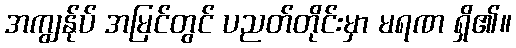
အကျွန်ုပ် အမြင်တွင် ပညတ်တိုင်းမှာ မရဏ ရှိ၏။